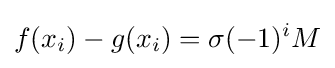
f(x_{i})-g(x_{i})=\sigma (-1)^{i}M